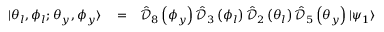
\begin{array} { r l r } { | \theta _ { l } , \phi _ { l } ; \theta _ { y } , \phi _ { y } \rangle } & { { } = } & { \hat { \mathcal D } _ { 8 } \left( \phi _ { y } \right) \hat { \mathcal D } _ { 3 } \left( \phi _ { l } \right) \hat { \mathcal D } _ { 2 } \left( \theta _ { l } \right) \hat { \mathcal D } _ { 5 } \left( \theta _ { y } \right) | \psi _ { 1 } \rangle } \end{array}